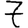
Digit: 7